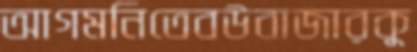
আগমনিতেবউবাজারকু